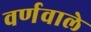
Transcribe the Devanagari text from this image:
वर्णवाले